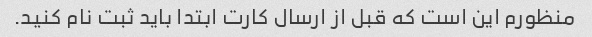
منظورم این است که قبل از ارسال کارت ابتدا باید ثبت نام کنید.